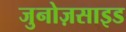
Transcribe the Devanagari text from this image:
जुनोज़साइड